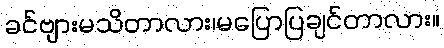
ခင်ဗျားမသိတာလား၊မပြောပြချင်တာလား။